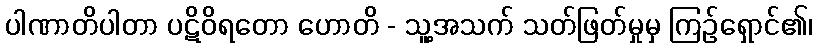
ပါဏာတိပါတာ ပဋိဝိရတော ဟောတိ - သူ့အသက် သတ်ဖြတ်မှုမှ ကြဉ်ရှောင်၏၊